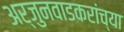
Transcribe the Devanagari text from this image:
अर्जुनवाडकरांच्या